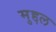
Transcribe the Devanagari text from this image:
मुद्दल